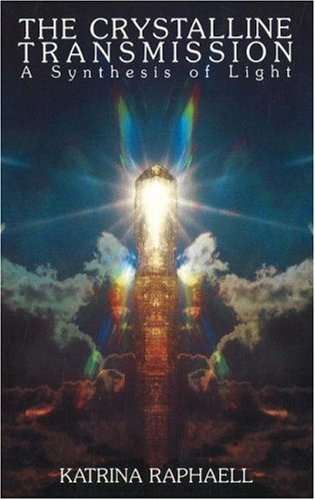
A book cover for Crystalline Transmission: A Synthesis of Light (The Crystal Trilogy Vol. 3); Katrina Raphaell; Religion & Spirituality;